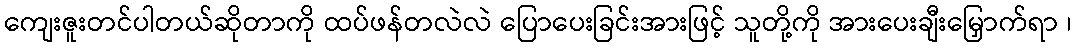
ကျေးဇူးတင်ပါတယ်ဆိုတာကို ထပ်ဖန်တလဲလဲ ပြောပေးခြင်းအားဖြင့် သူတို့ကို အားပေးချီးမြှောက်ရာ ၊